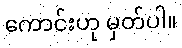
ကောင်းဟု မှတ်ပါ။